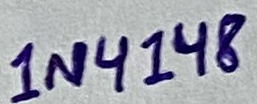
Text: 1N4148